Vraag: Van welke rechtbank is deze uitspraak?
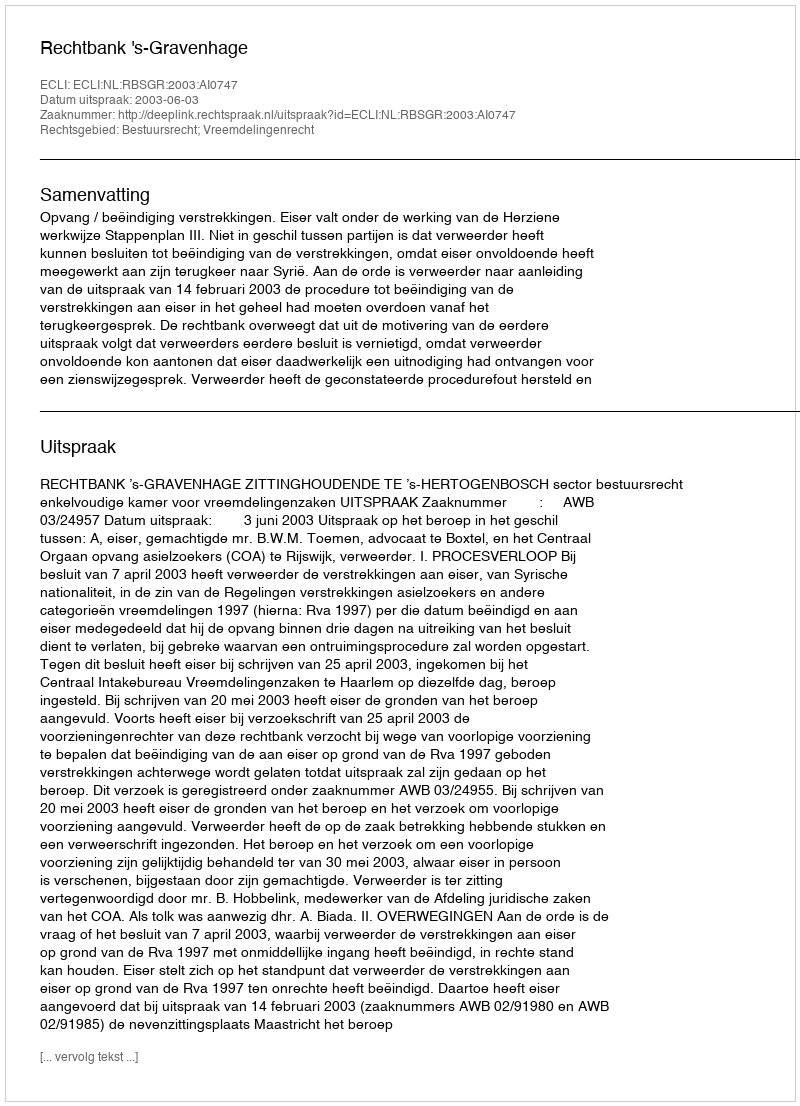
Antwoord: Rechtbank 's-Gravenhage